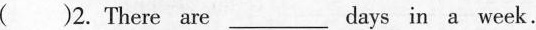
( )2.There are___days in a week.